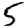
Digit: 5